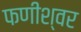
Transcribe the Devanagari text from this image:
फणीश्‍वर